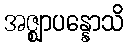
အဇ္ဈာပန္နောသိ